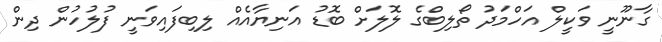
ގާނޫނީ ވަކީލް އަހްމަދު ތޯލިބްގެ ލޮލަށް ބޮޑު އަނިޔާއެއް ލިބިފައިވަނީ ފުލުހުން ދިން